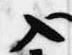
入